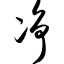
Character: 净